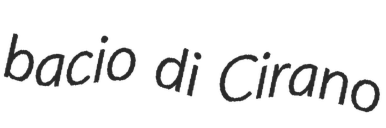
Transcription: bacio di Cirano